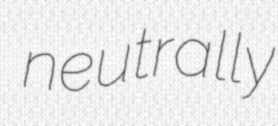
neutrally